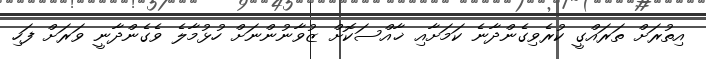
އިތުރަށް ތަރައްގީ ކުރެވިގެންދާނެ ކަމަށާއި ޚާއްސަކޮށް ޒުވާނުންނަށް ހުޅުމާލެ ވެގެންދާނީ ވަރަށް ފަހި